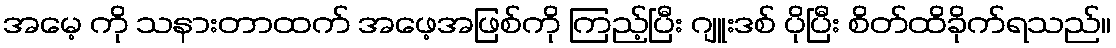
အမေ့ ကို သနားတာထက် အဖေ့အဖြစ်ကို ကြည့်ပြီး ဂျူးဒစ် ပိုပြီး စိတ်ထိခိုက်ရသည်။